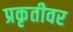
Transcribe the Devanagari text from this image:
प्रकृतीवर